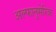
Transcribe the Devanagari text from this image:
अल्फानुमेरिक